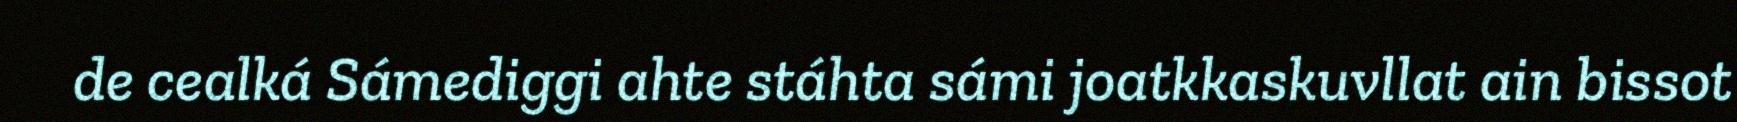
de cealká Sámediggi ahte stáhta sámi joatkkaskuvllat ain bissot